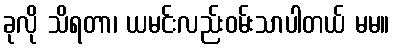
ခုလို သိရတာ၊ ယမင်းလည်းဝမ်းသာပါတယ် မမ။